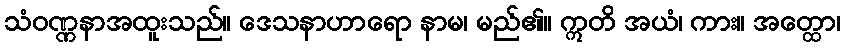
သံဝဏ္ဏနာအထူးသည်။ ဒေသနာဟာရော နာမ၊ မည်၏။ ဣတိ အယံ၊ ကား။ အတ္ထော၊